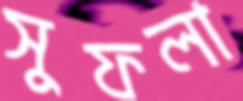
সুফলা